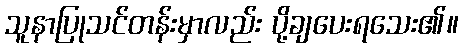
သူနာပြုသင်တန်းမှာလည်း ပို့ချပေးရသေး၏။